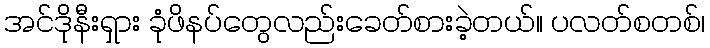
အင်ဒိုနီးရှား ခုံဖိနပ်တွေလည်းခေတ်စားခဲ့တယ်။ ပလတ်စတစ်၊